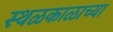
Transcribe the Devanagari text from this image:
स्थळकाळाच्या